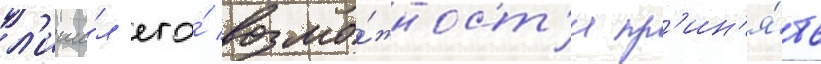
л'иши́л его́ возмо́жност'и пр'ин'я́ть